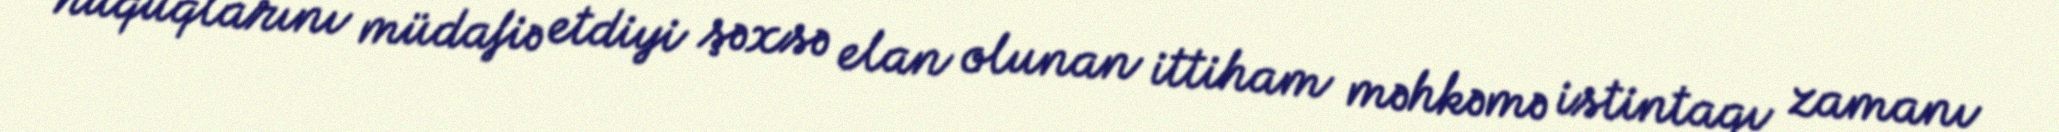
hüquqlarını müdafiə etdiyi şəxsə elan olunan ittiham məhkəmə istintaqı zamanı